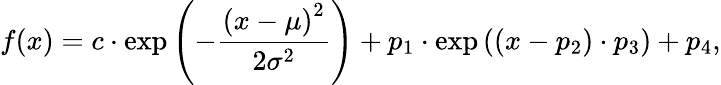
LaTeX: f(x)=c\cdot\exp{\left(-\frac{\left(x-\mu\right)^{2}}{2\sigma^{2}}\right)}+p_{1}\cdot\exp{\left((x-p_{2})\cdot p_{3}\right)}+p_{4},